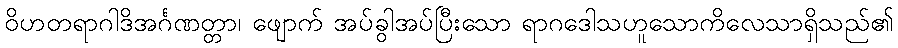
ဝိဟတရာဂါဒိအင်္ဂဏတ္တာ၊ ဖျောက် အပ်ခွါအပ်ပြီးသော ရာဂဒေါသဟူသောကိလေသာရှိသည်၏